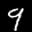
Label: 9